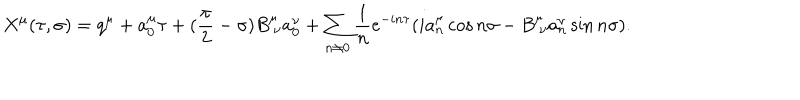
X ^ { \mu } ( \tau , \sigma ) = q ^ { \mu } + a _ { 0 } ^ { \mu } \tau + ( \frac { \pi } { 2 } - \sigma ) B _ { \ \nu } ^ { \mu } a _ { 0 } ^ { \nu } + \sum _ { n \neq 0 } \frac { 1 } { n } e ^ { - i n \tau } ( i a _ { n } ^ { \mu } \cos n \sigma - B _ { \ \nu } ^ { \mu } a _ { n } ^ { \nu } \sin n \sigma ) .